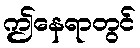
ဤနေရာတွင်